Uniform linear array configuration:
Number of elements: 16
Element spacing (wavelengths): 0.5
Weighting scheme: binomial
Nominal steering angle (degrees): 45
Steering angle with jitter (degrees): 46.871
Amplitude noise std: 0.05
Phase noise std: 0.05

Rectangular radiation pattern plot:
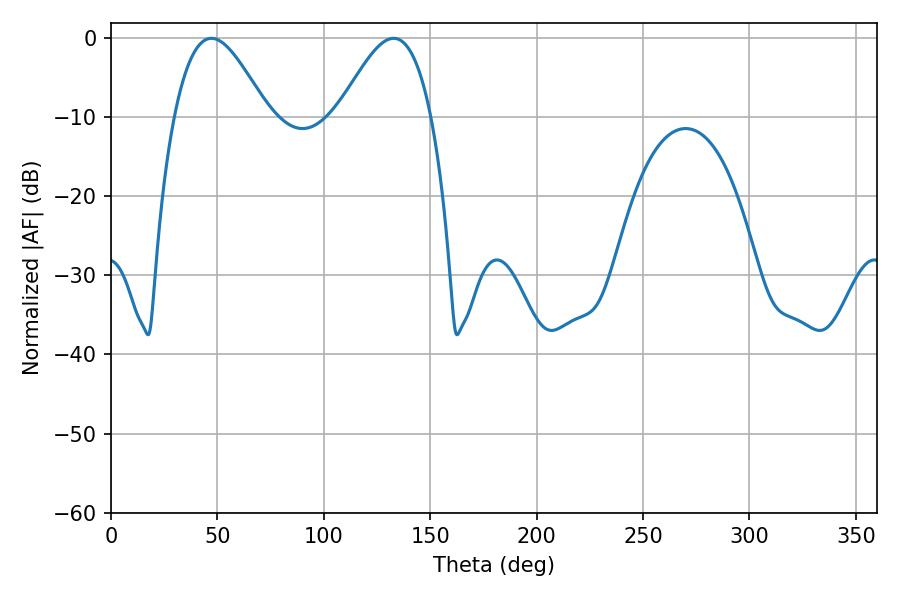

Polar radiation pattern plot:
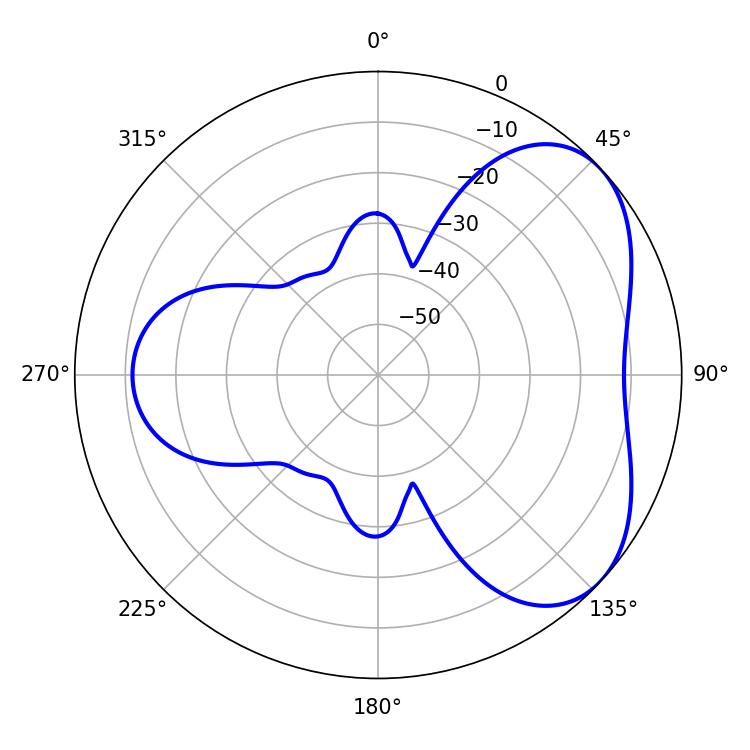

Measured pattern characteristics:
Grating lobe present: FALSE
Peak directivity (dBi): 4.737
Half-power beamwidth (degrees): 23.4
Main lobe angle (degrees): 47.16